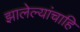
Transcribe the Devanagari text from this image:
झालेल्यांचाहि